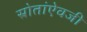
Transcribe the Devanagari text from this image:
स्रोतांऐवजी